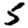
Digit: 5